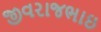
જીવરાજભાઇ